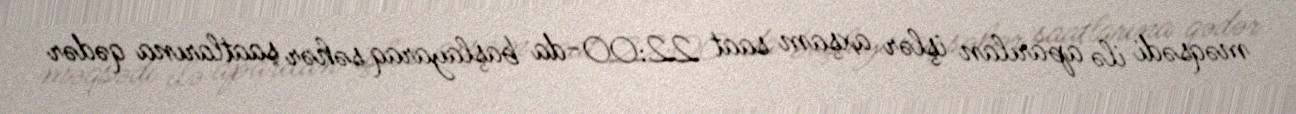
məqsədi ilə aparılan işlər axşam saat 22:00-da başlayaraq səhər saatlarına qədər